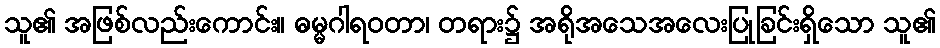
သူ၏ အဖြစ်လည်းကောင်း။ ဓမ္မဂါရဝတာ၊ တရား၌ အရိုအသေအလေးပြုခြင်းရှိသော သူ၏